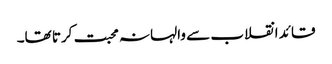
قائد انقلاب سے والہانہ محبت کرتا تھا۔